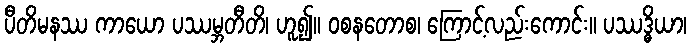
ပီတိမနဿ ကာယော ပဿမ္ဘတီတိ၊ ဟူ၍။ ဝစနတောစ၊ ကြောင့်လည်းကောင်း။ ပဿဒ္ဓိယာ၊